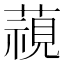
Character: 𮑖